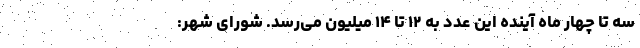
سه تا چهار ماه آینده این عدد به ۱۲ تا ۱۴ میلیون می‌رسد. شورای شهر: